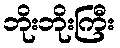
ဘိုးဘိုးကြီး